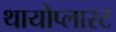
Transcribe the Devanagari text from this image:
थायोप्लास्ट